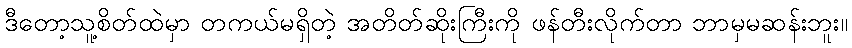
ဒီတော့သူ့စိတ်ထဲမှာ တကယ်မရှိတဲ့ အတိတ်ဆိုးကြီးကို ဖန်တီးလိုက်တာ ဘာမှမဆန်းဘူး။